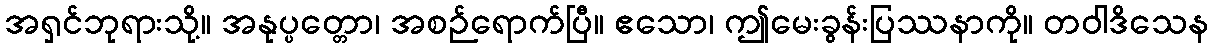
အရှင်ဘုရားသို့။ အနုပ္ပတ္တော၊ အစဉ်ရောက်ပြီ။ ဧသော၊ ဤမေးခွန်းပြဿနာကို။ တဝါဒိသေန